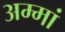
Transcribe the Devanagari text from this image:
अम्मां